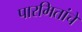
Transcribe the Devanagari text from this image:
पारमितांचे